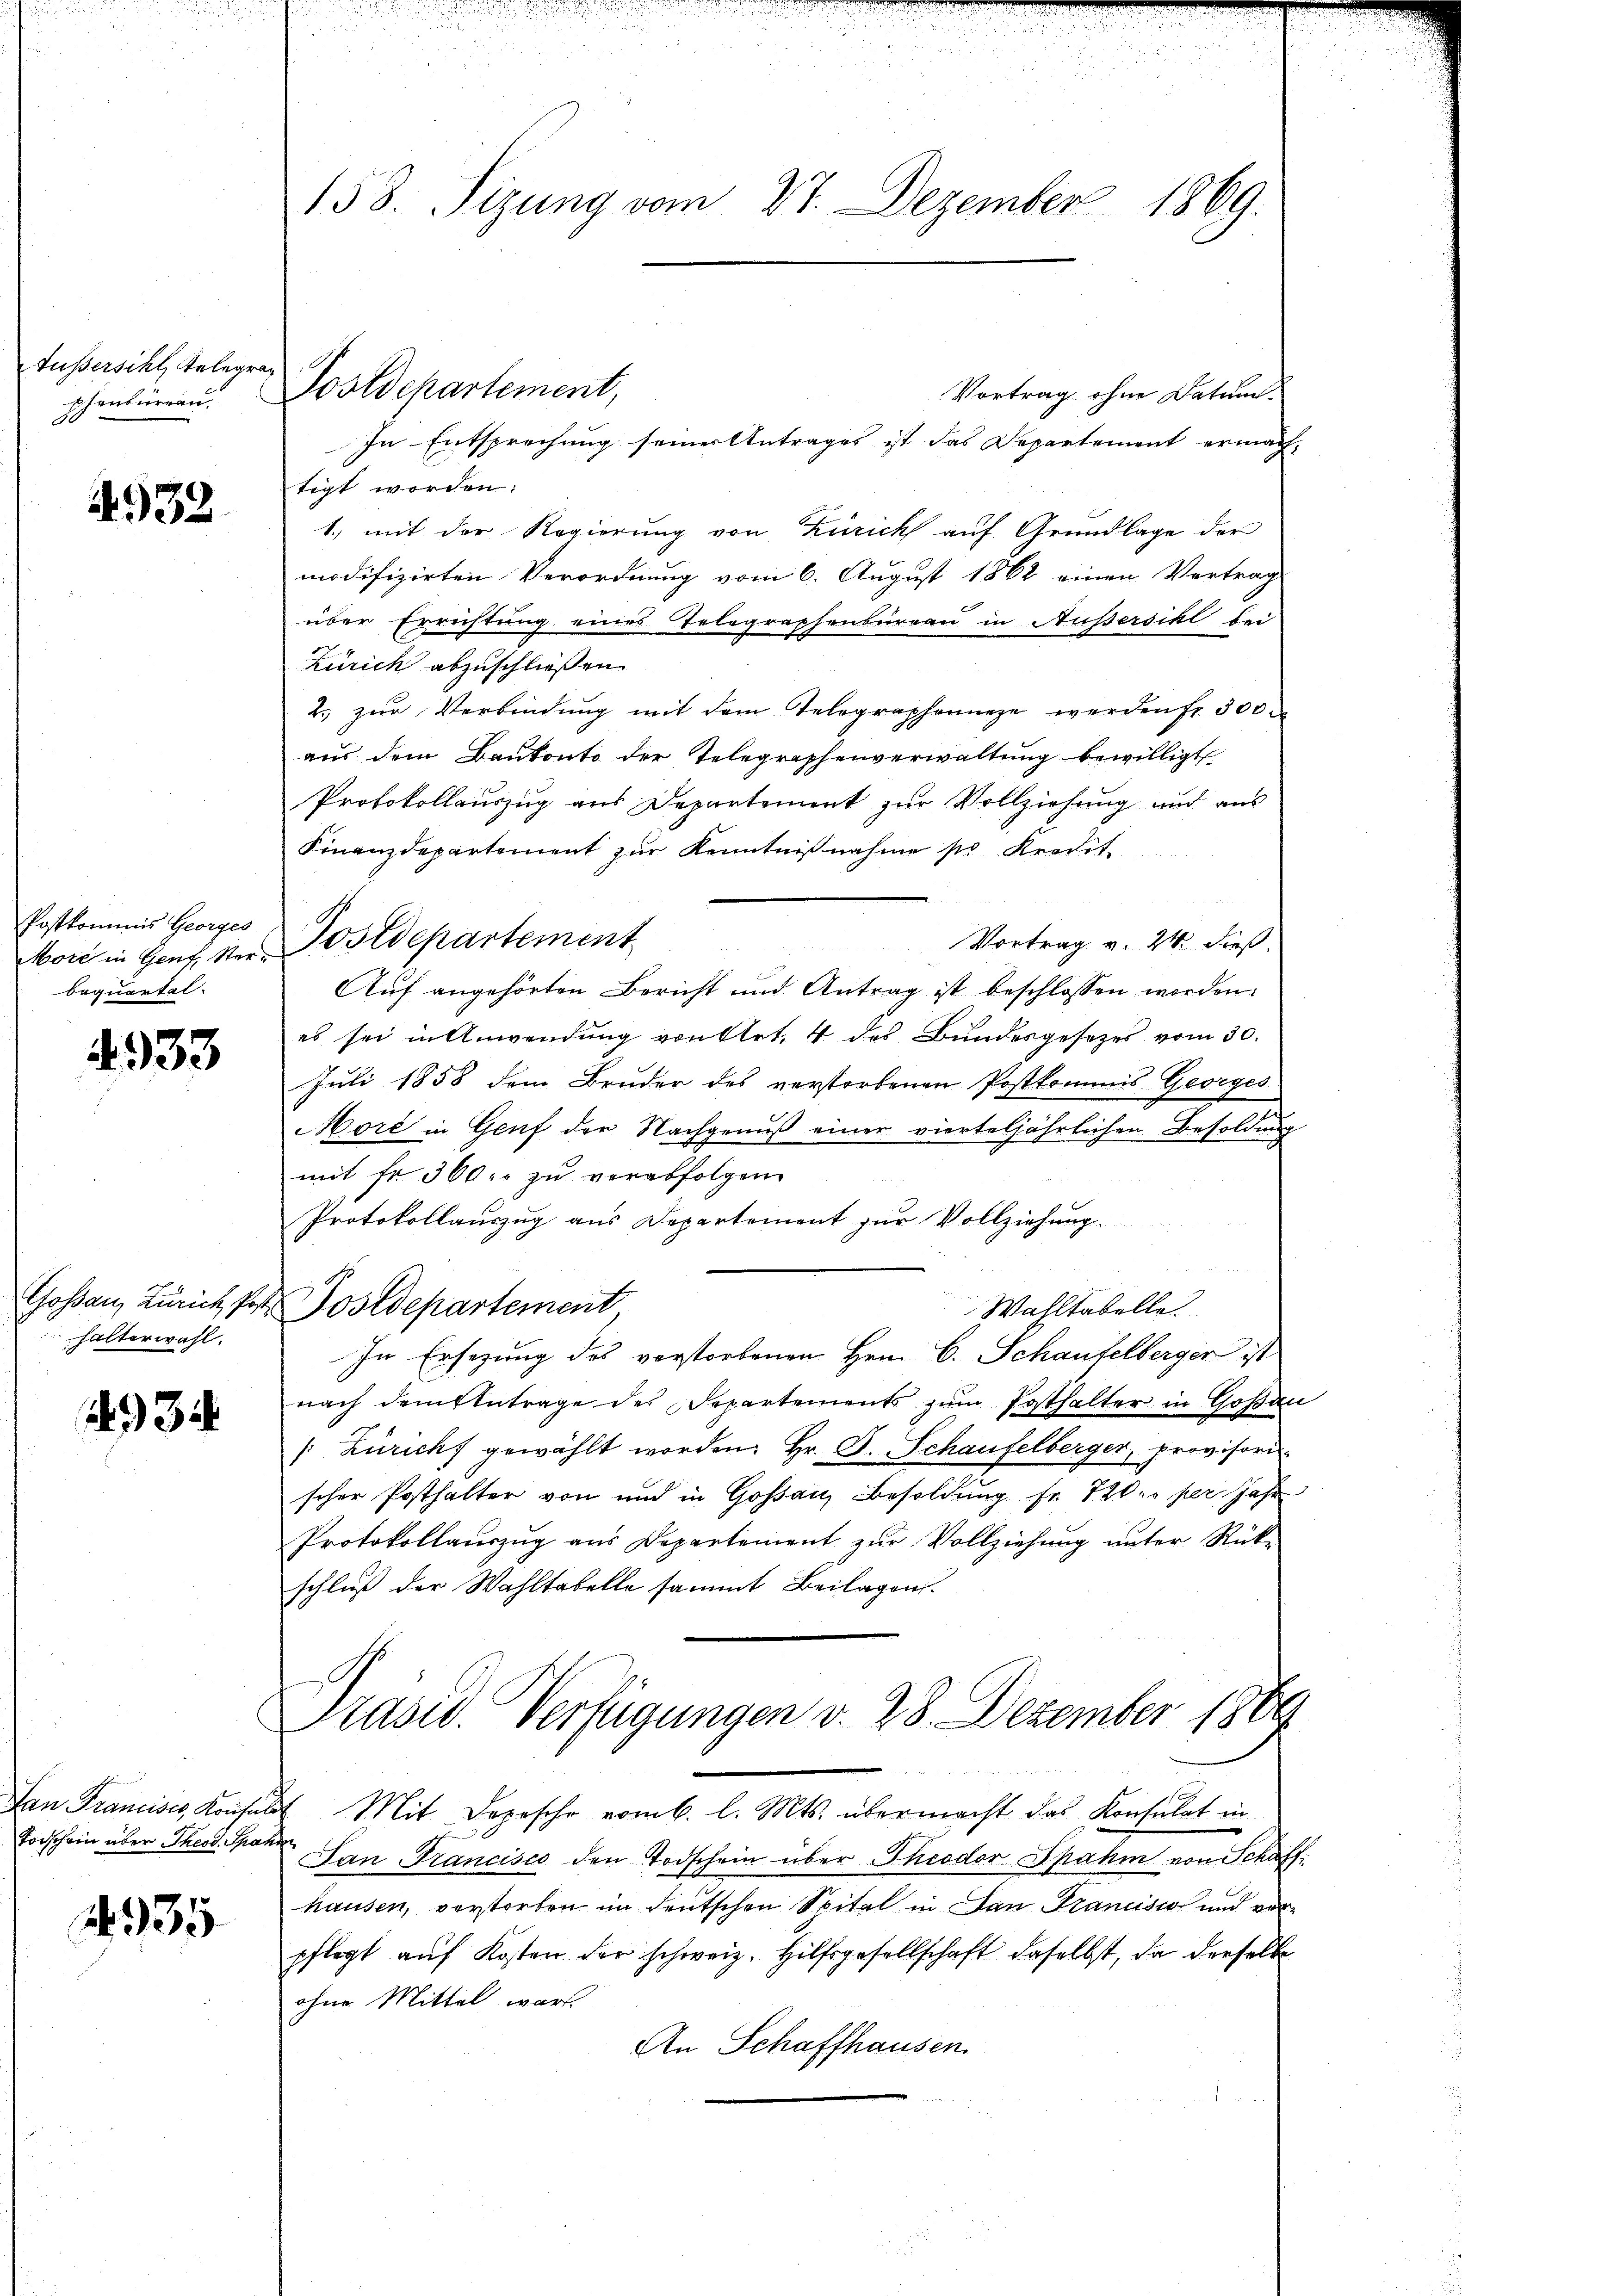
Außersihl, Telegra

4932

Postkommnis Georges
bequartal.

4933

halterwahl.

4934

Torschein über Theod. Spahn

No. 35

158. Sizung vom 27. Dezember 1869.

Vortrag ohne Datum
In Entsprechung seiner Antrages ist das Departement ermachtigt worden:
1., mit der Regierung von Zürich auf Grundlage der
modifizirten Verordnung vom 6. August 1862 einen Vertrag
über Errichtung eines Telegraphenbureau in Außersihl bei
Zürich abzuschließen.
2. zur Verbindung mit dem Telegraphennze werden fr. 300
aus dem Baukonto der Telegraphenverwaltung bewilligt
Protokollauszug aus Departement zur Vollziehung auf aus
Finanzdepartement zur Kenntnißnahme pr Kredit
Vortrag v. 24. dieß.
Auf angehörten Bericht und Antrag ist beschlossen worden:
es sei in Anwendung von Art. 4 des Bundesgesetzes vom 30.
Juli 1858 dem Bruder des verstorbenen Postkommis Georges
oré in Genf der Nachgenuß einer vierteljährlichen Besoldung
mit fr. 300 er zu verabfolgen
Protokollauszug aus Departement zur Vollziehung.
Goßau, Zürich, Post. Postdepartement
Wahltabelle.
In Ersezung des vorstorbenen Hrn. C. Schaufelberger ist
nach dem Antrage des Departements zum Posthalter in Goßau
Züricht gewählt worden. Hr. P. Schaufelberger, Provisori
scher Posthalter von und in Goßau, Besoldung fr. 720. per Jahr
Protokollaŭszŭg aŭs Departement zŭr Vollziehŭng ŭnter Rück-
schluß der Wahltabelle sammt Beilagen.
Pasid. Verfügungen d. 28. Dezember 1889
San Francisch, Konsuls Mit Depesche vom 6. l. Mts. übermacht das Konsulat in
San Francisco den Todschein über Theodor Spahm von Schaff
hausen, verstorben in deutschen Spital in dan Francision und von
pflegt auf Kosten der schweiz. Hilfsgesellschaft daselbst, da derselbe
ohne Mittel warf.
An Schaffhausen

pchentiren. Postdepartement,

More in Genf der Postdepartement